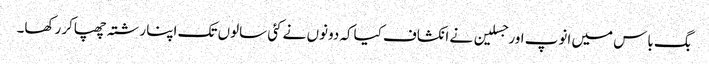
بگ باس میں انوپ اورجسلین نے انکشاف کیاکہ دونوں نے کئی سالوں تک اپنا رشتہ چھپاکر رکھا۔